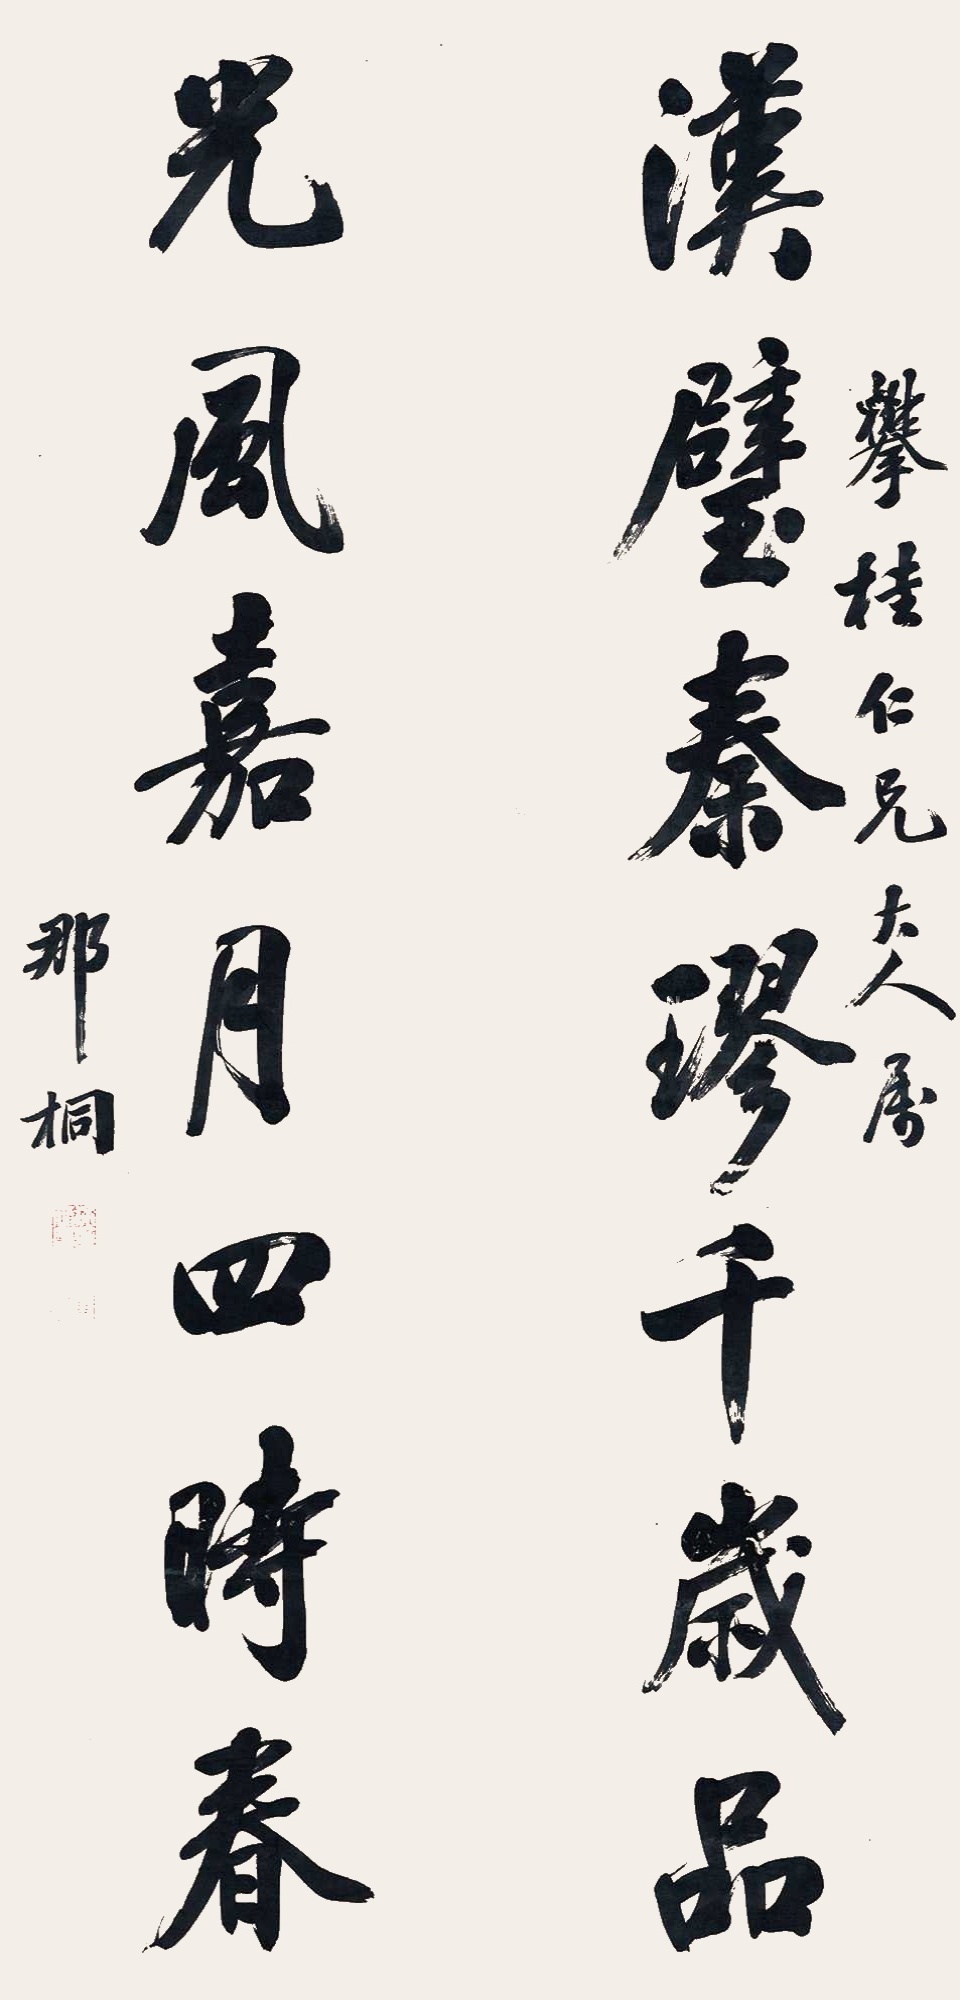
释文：汉璧秦璆千岁品，光风嘉月四时春。攀桂仁兄大人属，那桐。